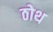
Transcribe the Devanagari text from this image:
ठोथ